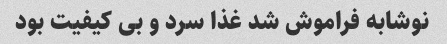
نوشابه فراموش شد غذا سرد و بی کیفیت بود